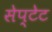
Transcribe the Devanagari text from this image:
सेप्टेट